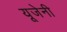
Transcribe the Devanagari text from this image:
यूजेनी